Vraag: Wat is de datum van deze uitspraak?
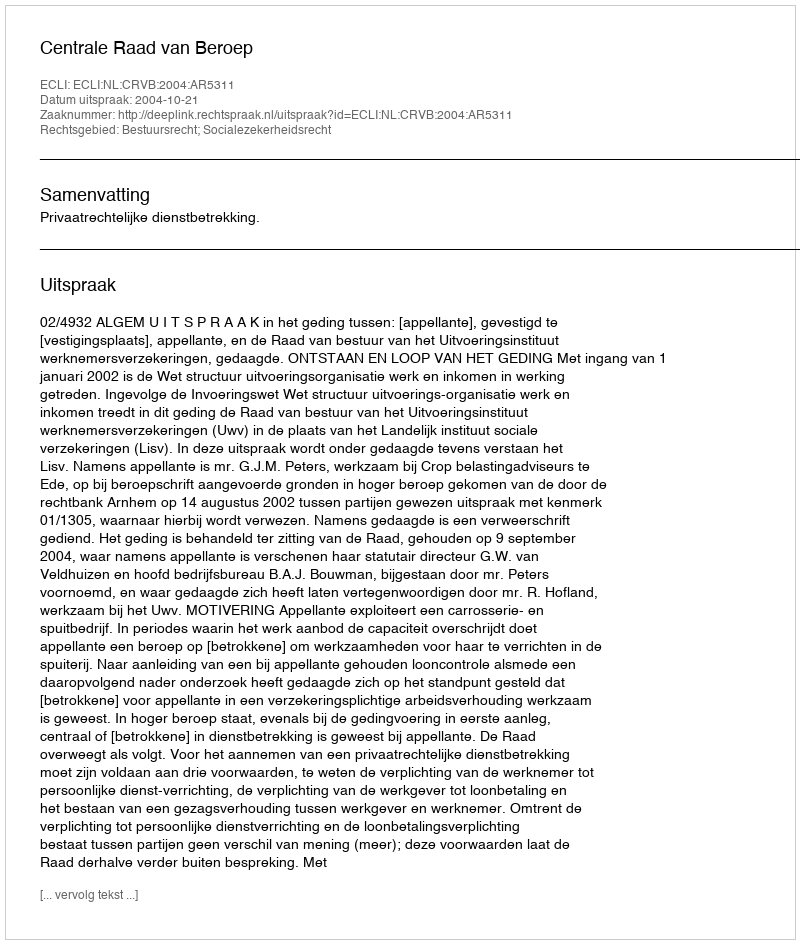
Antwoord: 2004-10-21